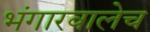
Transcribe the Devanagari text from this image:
भंगारवालेच